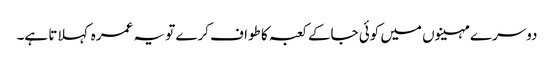
دوسرے مہینوں میں کوئی جاکے کعبہ کا طواف کرے تو یہ عمرہ کہلاتا ہے۔